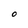
Character: 0